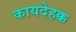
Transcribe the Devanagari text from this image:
कायदेहक्क